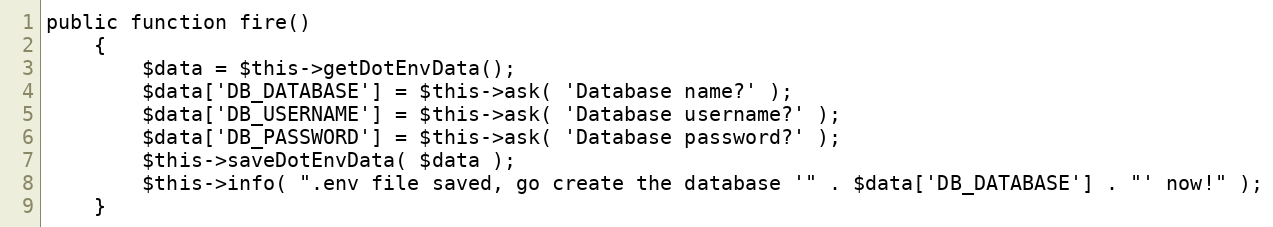
Language: PHP
public function fire()
	{
		$data = $this->getDotEnvData();
		$data['DB_DATABASE'] = $this->ask( 'Database name?' );
		$data['DB_USERNAME'] = $this->ask( 'Database username?' );
		$data['DB_PASSWORD'] = $this->ask( 'Database password?' );
		$this->saveDotEnvData( $data );
		$this->info( ".env file saved, go create the database '" . $data['DB_DATABASE'] . "' now!" );
	}